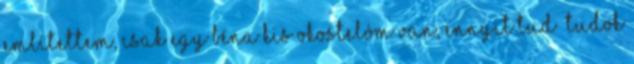
említettem, csak egy béna kis okostelóm van, ennyit tud tudok